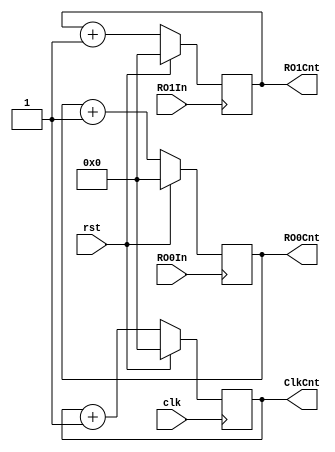
`timescale 1ns / 1ps

//////////////////////////////////////////////////////////////////////////////////
// 
// Module name:    	ROCounter
// Project name: 		COSO_TRNG
// Target Device: 	Xilinx Spartan 6 XC6SLX16 FPGA (HECTOR daughterboard)
// Description: 		This file contains the implementation
//							of a counter, which counts the number
//							of oscillations of 'clk', 'RO0In',
//							and 'RO1In'.
//	RTL diagram:		No
//							imec-COSIC, KU Leuven.
//
//////////////////////////////////////////////////////////////////////////////////

module ROCounter #(
		parameter 					length = 16	//	Length of the counter.
	)(
		input 						clk,			//	Clock input.
		input 						rst,			//	Active high reset signal.
		input 						RO0In,		//	RO0 oscillating input.
		input 						RO1In,		//	RO1 oscillating input.
		output reg [length-1:0] RO0Cnt,		//	RO0 counter output.
		output reg [length-1:0] RO1Cnt,		//	RO1 counter output.
		output reg [length-1:0] ClkCnt		//	Clock counter output.
	);
	
//	Clock counter:
	always @(posedge clk) begin
		if (rst) begin
			ClkCnt <= {length-1{1'b0}};
		end
		else begin
			ClkCnt <= ClkCnt + 1;
		end
	end

//	RO0 counter:
	always @(posedge RO0In) begin
		if (rst) begin
			RO0Cnt <= {length-1{1'b0}};
		end
		else begin
			RO0Cnt <= RO0Cnt + 1;
		end
	end
	
//	RO1 counter:
	always @(posedge RO1In) begin
		if (rst) begin
			RO1Cnt <= {length-1{1'b0}};
		end
		else begin
			RO1Cnt <= RO1Cnt + 1;
		end
	end
	
endmodule